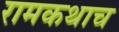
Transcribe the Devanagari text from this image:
रामकथाच